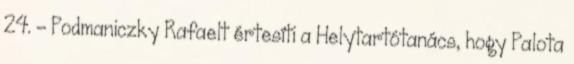
24. – Podmaniczky Rafaelt értesíti a Helytartótanács, hogy Palota